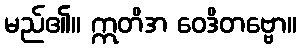
မည်၏။ ဣတိအ ဝေဒိတဗ္ဗော။